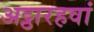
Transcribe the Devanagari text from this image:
अट्ठारहवां